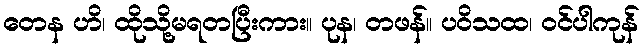
တေန ဟိ၊ ထိုသို့မရတပြီးကား။ ပုန၊ တဖန်။ ပဝိသထ၊ ဝင်ပါကုန်